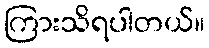
ကြားသိရပါတယ်။